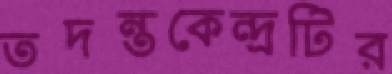
তদন্তকেন্দ্রটির